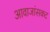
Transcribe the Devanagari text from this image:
आवाजांसकट